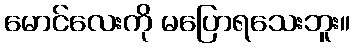
မောင်လေးကို မပြောရသေးဘူး။